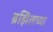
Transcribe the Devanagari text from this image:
ब्रझिलच्या